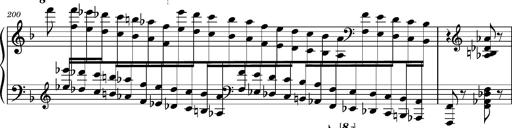
Title: Ungarischer Romanzero
Composer: Franz Liszt